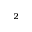
^ 2